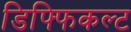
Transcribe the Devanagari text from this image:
डिफ्फिकल्ट